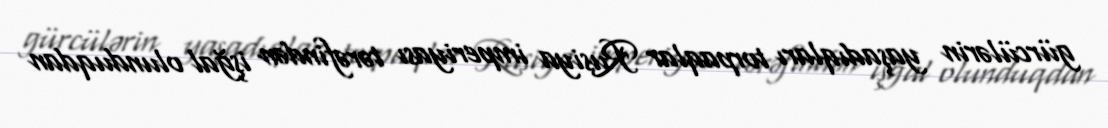
gürcülərin yaşadıqları torpaqlar Rusiya imperiyası tərəfindən işğal olunduqdan